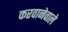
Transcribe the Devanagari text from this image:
करवानेवाले